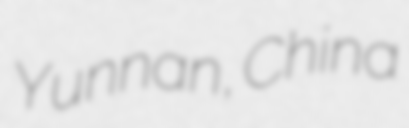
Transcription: Yunnan, China